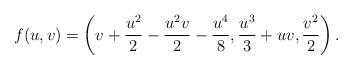
LaTeX: \begin{align*}f(u, v) = \left(v + \dfrac{u^2}{2} - \dfrac{u^2 v}{2} - \dfrac{u^4}{8}, \dfrac{u^3}{3} + u v, \dfrac{v^2}{2}\right).\end{align*}